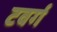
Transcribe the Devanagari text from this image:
टवर्ग